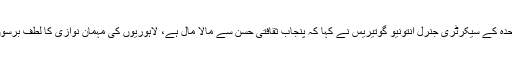
اس موقع پر اقوام متحدہ کے سیکرٹری جنرل انتونیو گوتیریس نے کہا کہ پنجاب ثقافتی حسن سے مالا مال ہے، لاہوریوں کی مہمان نوازی کا لطف برسوں نہیں بھلا پاؤں گا۔